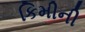
કિમીની